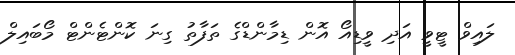
ލައިވް ޓީވީ އަދި ވީޑިއޯ އޮން ޑިމާންޑްގެ ތަފާތު ގިނަ ކޮންޓެންޓް މޯބައިލް